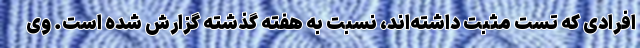
افرادی که تست مثبت داشته‌اند، نسبت به هفته گذشته گزارش شده است. وی